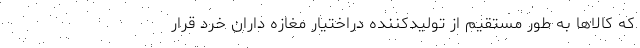
که کالاها به طور مستقیم از تولیدکننده دراختیار مغازه داران خرد قرار